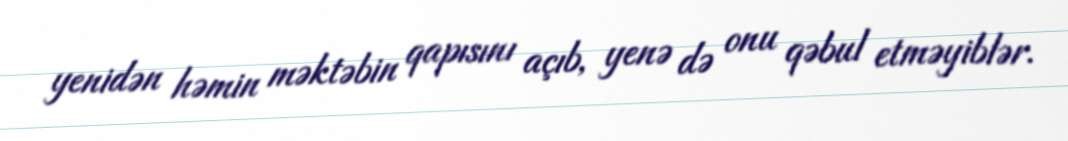
yenidən həmin məktəbin qapısını açıb, yenə də onu qəbul etməyiblər.